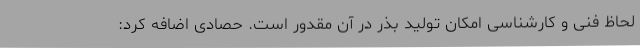
لحاظ فنی و کارشناسی امکان تولید بذر در آن مقدور است. حصادی اضافه کرد: